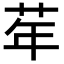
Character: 𦮴